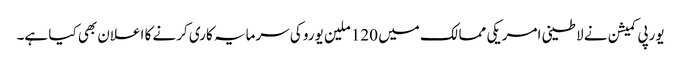
یورپی کمیشن نے لاطینی امریکی ممالک میں 120 ملین یورو کی سرمایہ کاری کرنے کا اعلان بھی کیا ہے۔